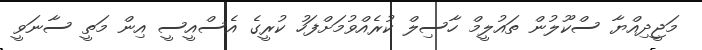
މަޖީދިއްޔާ ސްކޫލުން ތައުލީމް ހާސިލް ކުރެއްވުމަށްފަހު ކުރީގެ އެސްއީސީ އިން މަތީ ސާނަވީ